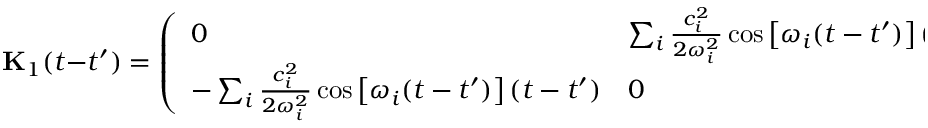
\mathbf { { K } } _ { 1 } ( t - t ^ { \prime } ) = \left( \begin{array} { l l } { 0 } & { \sum _ { i } \frac { c _ { i } ^ { 2 } } { 2 \omega _ { i } ^ { 2 } } \cos \left[ \omega _ { i } ( t - t ^ { \prime } ) \right] ( t - t ^ { \prime } ) } \\ { - \sum _ { i } \frac { c _ { i } ^ { 2 } } { 2 \omega _ { i } ^ { 2 } } \cos \left[ \omega _ { i } ( t - t ^ { \prime } ) \right] ( t - t ^ { \prime } ) } & { 0 } \end{array} \right)